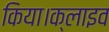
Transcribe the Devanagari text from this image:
किया।क्लाइव